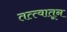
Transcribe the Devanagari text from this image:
तत्त्वातून